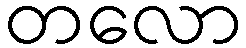
တလော